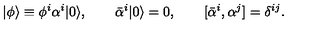
| \phi \rangle \equiv \phi ^ { i } \alpha ^ { i } | 0 \rangle , \qquad \bar { \alpha } ^ { i } | 0 \rangle = 0 , \qquad [ \bar { \alpha } ^ { i } , \alpha ^ { j } ] = \delta ^ { i j } .